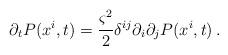
LaTeX: \begin{align*}\partial_t P(x^i,t) = \frac{\varsigma^2}{2}\delta^{ij}\partial_i \partial_j P(x^i,t) \, .\end{align*}